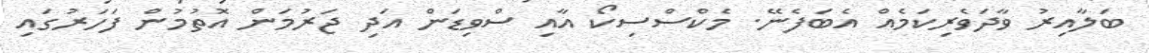
ބަލާއިރު ވާދަވެރިކަމެއް އެބަފެނޭ. މެކްސްސިކޯ އާއި ސްވިޑަން އަދި ޖަރުމަން އޮތުމުން ފަހަރުގައި